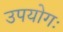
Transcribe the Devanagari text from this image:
उपयोगः